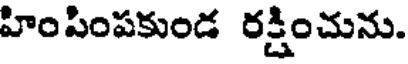
హింపింపకుండ రక్షించును.